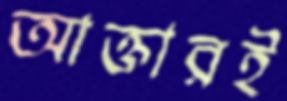
আক্তারই